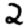
Digit: 2